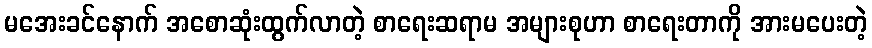
မအေးခင်နောက် အစောဆုံးထွက်လာတဲ့ စာရေးဆရာမ အများစုဟာ စာရေးတာကို အားမပေးတဲ့